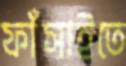
ফাঁসাইতে